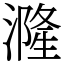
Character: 漋